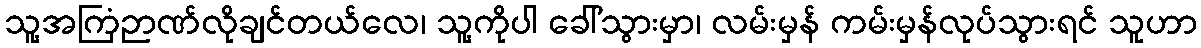
သူ့အကြံဉာဏ်လိုချင်တယ်လေ၊ သူ့ကိုပါ ခေါ်သွားမှာ၊ လမ်းမှန် ကမ်းမှန်လုပ်သွားရင် သူဟာ